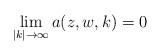
LaTeX: \begin{align*}\lim_{\left\vert k\right\vert \rightarrow\infty}a(z,w,k)=0\end{align*}